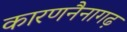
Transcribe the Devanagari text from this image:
कारणनैनागढ़